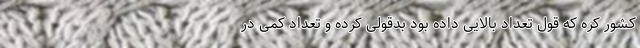
کشور کره که قول تعداد بالایی داده بود بدقولی کرده و تعداد کمی در